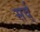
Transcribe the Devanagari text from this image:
सर्व्